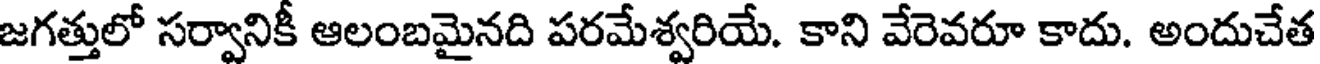
జగత్తులో సర్వానికీ ఆలంబమైనది పరమేశ్వరియే. కాని వేరెవరూ కాదు. అందుచేత